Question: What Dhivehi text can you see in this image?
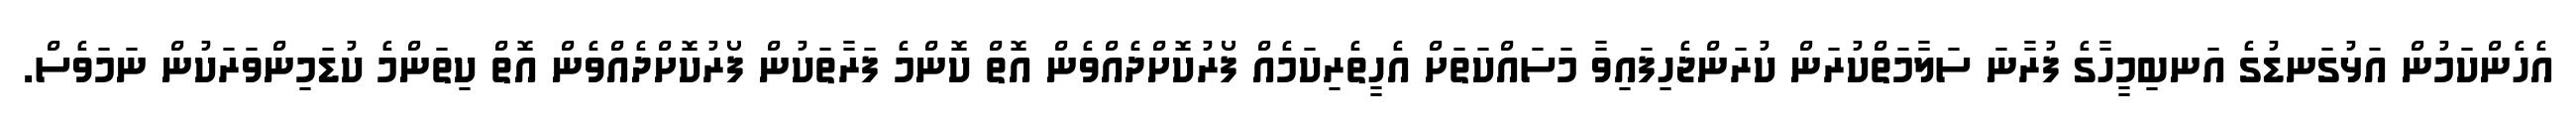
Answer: އެހެންކަމުން އަޅުގަނޑުގެ އަނބިމީހާގެ ފުރާނަ ސަލާމަތްކުރަން ކުރަންޖެހިފައިވާ މަސައްކަތަށް އެހީތެރިކަމެއް ފޯރުކޮށްދެއްވެން އޮތް ކޮންމެ ފަރާތަކުން ފޯރުކޮށްދެއްވެން އޮތް ކިތަންމެ ކުޑަމިންވަރަކުން ނަމަވެސް.